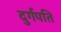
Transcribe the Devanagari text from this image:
दुर्गपति